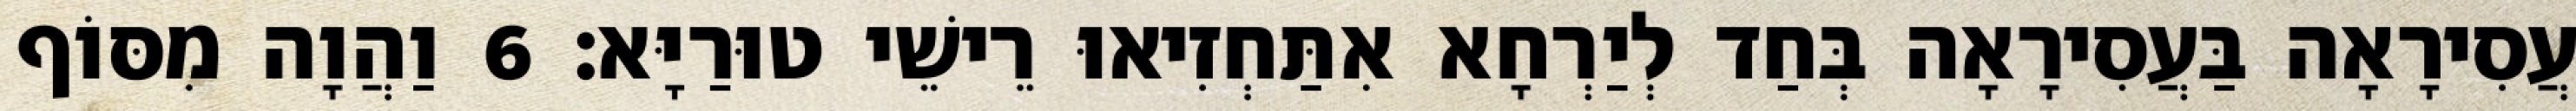
עֲסִירָאָה בַּעֲסִירָאָה בְּחַד לְיַרְחָא אִתַּחְזִיאוּ רֵישֵׁי טוּרַיָּא׃ 6 וַהֲוָה מִסּוֹף